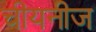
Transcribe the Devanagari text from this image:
चीयनीज